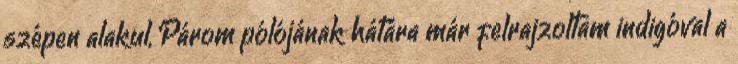
szépen alakul, Párom pólójának hátára már felrajzoltam indigóval a